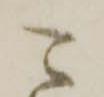
可